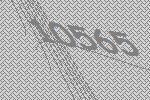
10565